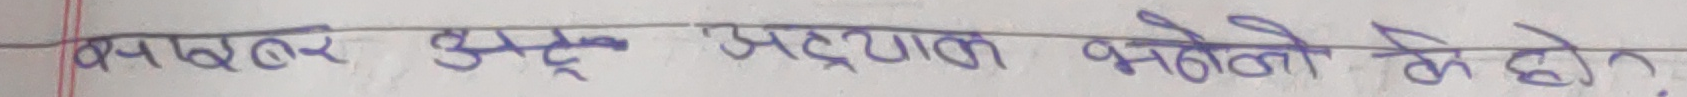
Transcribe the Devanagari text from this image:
कयाबतल अस्त्र अवधारण भूलो के हो ?